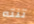
تنته